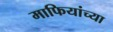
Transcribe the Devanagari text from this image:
माफियांच्या